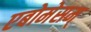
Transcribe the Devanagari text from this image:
एबोमेसम्